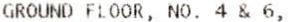
GROUND FLOOR, NO. 4 & 6,